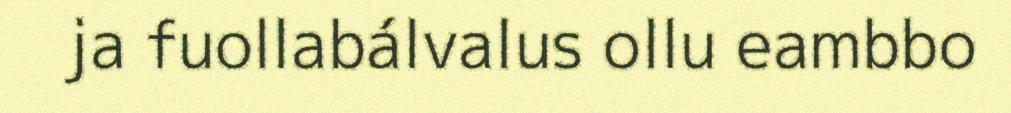
ja fuollabálvalus ollu eambbo